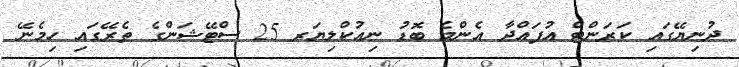
ދުނިޔޭގައި ކަރަންޓް އުފައްދާ އެންމެ ބޮޑު ނިއުކްލިޔަރ 25 ސްޓޭޝަންގެ ތެރޭގައި ހިމެނޭ